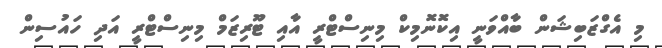
މި އެގްޒަބިޝަން ބާއްވަނީ އިކޮނޮމިކް މިނިސްޓްރީ އާއި ޓޫރިޒަމް މިނިސްޓްރީ އަދި ހައުސިން